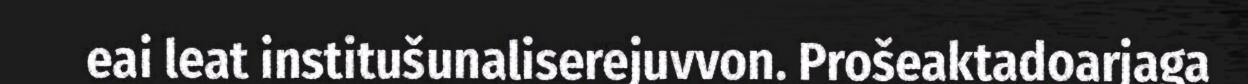
eai leat institušunaliserejuvvon. Prošeaktadoarjaga